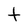
Character: t